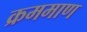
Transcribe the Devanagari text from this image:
क्रममाण